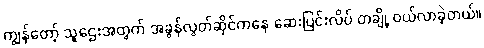
ကျွန်တော့် သူဌေးအတွက် အခွန်လွတ်ဆိုင်ကနေ ဆေးပြင်းလိပ် တချို့ ဝယ်လာခဲ့တယ်။